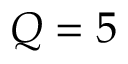
Q = 5